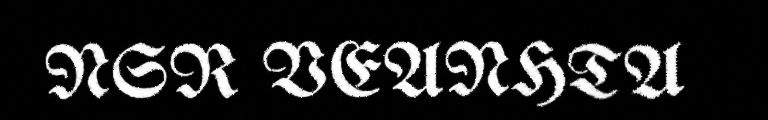
NSR VEANHTA